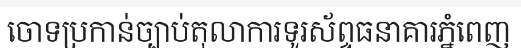
ចោទប្រកាន់ច្បាប់តុលាការទូរស័ព្ទធនាគារភ្នំពេញ